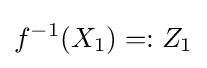
f^{-1}(X_{1})=:Z_{1}